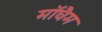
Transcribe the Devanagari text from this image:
मॉघैम